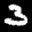
Label: 3